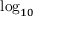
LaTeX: \log _ { 1 0 }